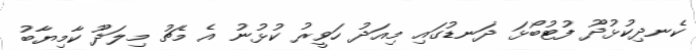
ކެނދިކުޅުދޫ ފުޓުބޯޅަ ދަނޑުގައި މިއަދު ހަވީރު ކުޅުނު އެ މެޗު މިލަދޫ ކާމިޔާބު